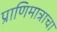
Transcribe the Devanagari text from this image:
प्राणिमात्राचा